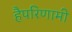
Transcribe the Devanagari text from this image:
हैपरिणामी